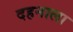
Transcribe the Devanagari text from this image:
दहनाला